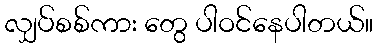
လျှပ်စစ်ကား တွေ ပါဝင်နေပါတယ်။